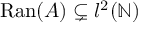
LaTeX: \mathrm { R a n } ( A ) \subsetneq l ^ { 2 } ( \mathbb { N } )